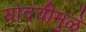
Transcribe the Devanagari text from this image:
यादवीमुळे